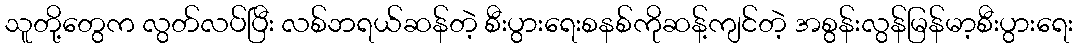
သူတို့တွေက လွတ်လပ်ပြီး လစ်ဘရယ်ဆန်တဲ့ စီးပွားရေးစနစ်ကိုဆန့်ကျင်တဲ့ အစွန်းလွန်မြန်မာ့စီးပွားရေး